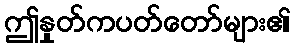
ဤနှုတ်ကပတ်တော်များ၏